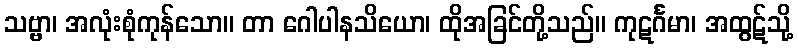
သဗ္ဗာ၊ အလုံးစုံကုန်သော။ တာ ဂေါပါနသိယော၊ ထိုအခြင်တို့သည်။ ကုဋင်္ဂမာ၊ အထွဋ်သို့